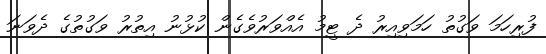
ފުރިހަމަ ވަގުތު ހަމަވިއިރު ދެ ޓީމު އެއްވަރުވެގެން ކުޅުނު އިތުރު ވަގުތުގެ ދެވަނަ